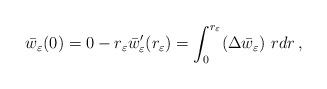
LaTeX: \begin{align*}\bar{w}_\varepsilon(0)=0-r_\varepsilon \bar{w}'_{\varepsilon}(r_\varepsilon)=\int_0^{r_\varepsilon} (\Delta \bar{w}_\varepsilon)~ r dr \,,\end{align*}